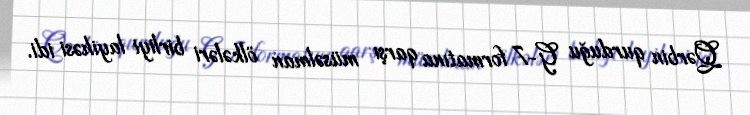
Qərbin qurduğu G-7 formatına qarşı müsəlman ölkələri birliyi layihəsi idi.